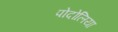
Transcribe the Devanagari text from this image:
पोदोलिया